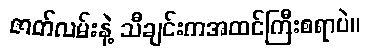
ဇာတ်လမ်းနဲ့ သီချင်းကအထင်ကြီးစရာပဲ။